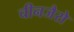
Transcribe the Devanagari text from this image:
चीनजैसे